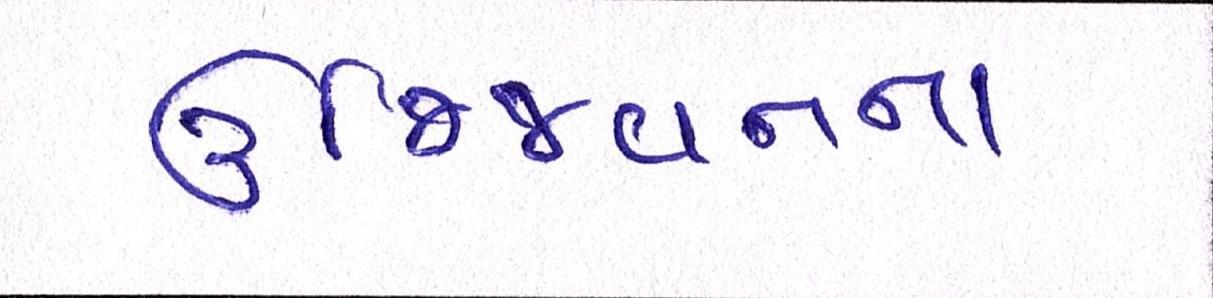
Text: ઉજ્જિવનના